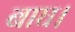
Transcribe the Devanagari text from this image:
बाघ।